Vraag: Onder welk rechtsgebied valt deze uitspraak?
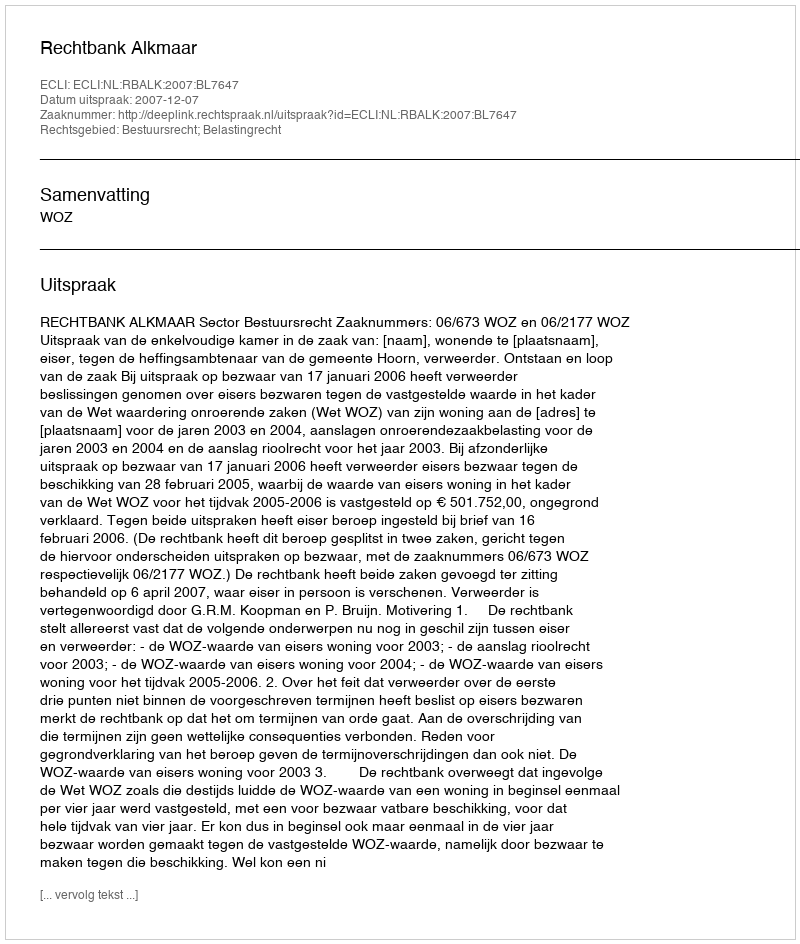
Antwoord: Bestuursrecht; Belastingrecht